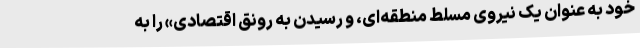
خود به عنوان یک نیروی مسلط منطقه‌ای، و رسیدن به رونق اقتصادی» را به